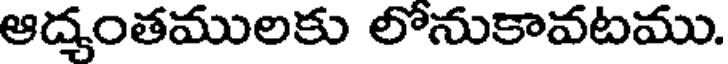
ఆద్యంతములకు లోనుకావటము.